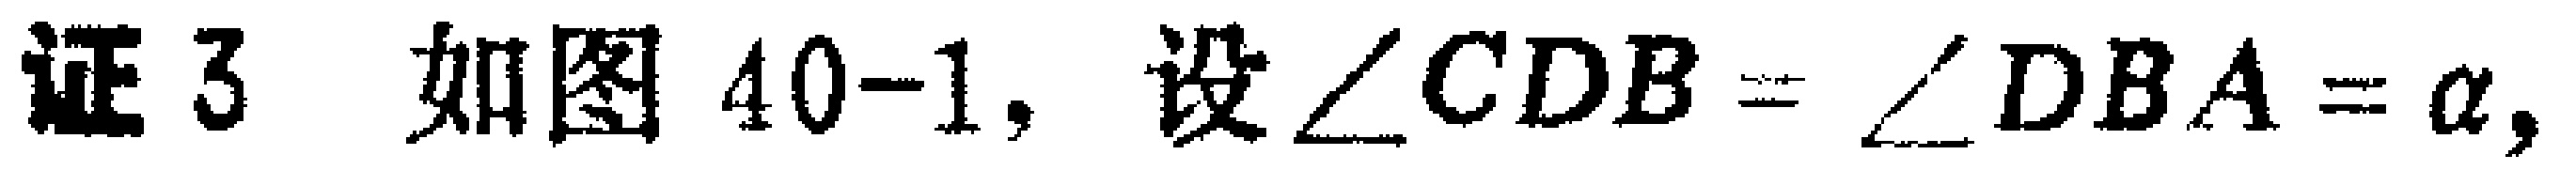
证3 如图40-1，设\(\angle CDB = \angle DBA = \alpha\)，